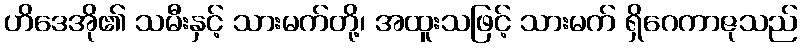
ဟိဒေအို၏ သမီးနှင့် သားမက်တို့၊ အထူးသဖြင့် သားမက် ရှိဂေကာဇုသည်